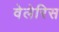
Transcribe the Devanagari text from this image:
वेलेरिस